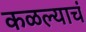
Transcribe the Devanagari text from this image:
कळल्याचं